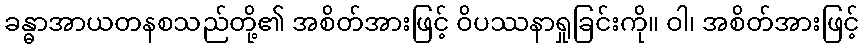
ခန္ဓာအာယတနစသည်တို့၏ အစိတ်အားဖြင့် ဝိပဿနာရှုခြင်းကို။ ဝါ၊ အစိတ်အားဖြင့်